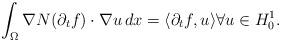
LaTeX: \begin{align*}\int_{\Omega} \nabla N(\partial_{t}f) \cdot \nabla u \, dx = \langle \partial_{t}f, u \rangle \forall u \in H^{1}_{0}.\end{align*}